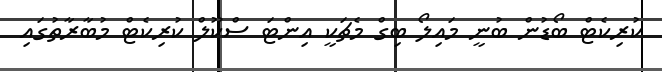
ކުރިކެޓް ބޯޑުން ބުނީ މައިލޯ ބިގް މެޗަކީ އިންޓަ ސްކޫލް ކުރިކެޓް މުބާރާތުގައި